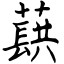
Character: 蕻